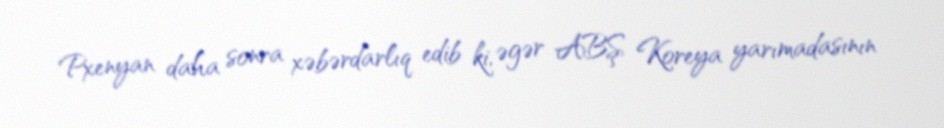
Pxenyan daha sonra xəbərdarlıq edib ki, əgər ABŞ Koreya yarımadasının